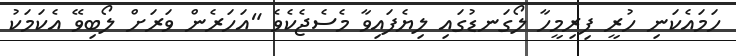
ހަމައެކަނި ހުރީ ފިރިމީހާ ލޯގަނޑުގައި ލިޔެފައިވާ މެސެޖެކެވެ "އަހަރެން ވަރަށް ލޯބިވޭ އެކަމަކު